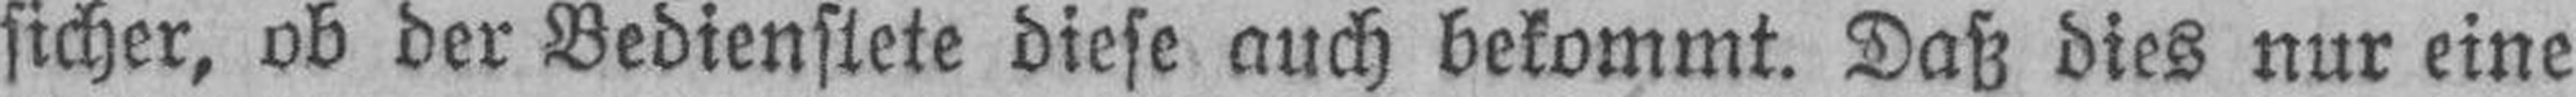
sicher, ob der Bedienstete diese auch bekommt. Daß dies nur eine